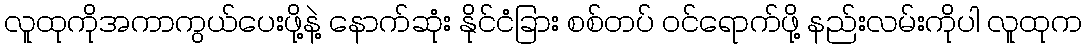
လူထုကိုအကာကွယ်ပေးဖို့နဲ့ နောက်ဆုံး နိုင်ငံခြား စစ်တပ် ဝင်ရောက်ဖို့ နည်းလမ်းကိုပါ လူထုက